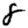
Digit: 8